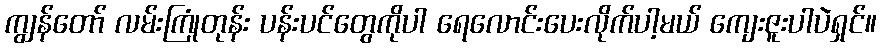
ကျွန်တော် လမ်းကြုံတုန်း ပန်းပင်တွေကိုပါ ရေလောင်းပေးလိုက်ပါ့မယ် ကျေးဇူးပါပဲရှင်။